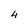
Character: 4